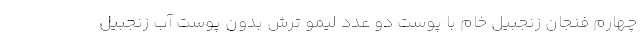
چهارم فنجان زنجبیل خام با پوست دو عدد لیمو ترش بدون پوست آب زنجبیل